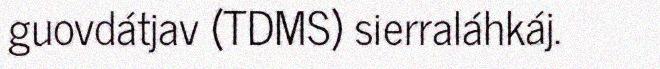
guovdátjav (TDMS) sierraláhkáj.